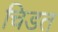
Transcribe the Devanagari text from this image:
चिडत